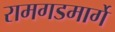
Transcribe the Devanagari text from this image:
रामगडमार्गे